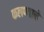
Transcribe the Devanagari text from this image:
कलण्याने